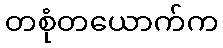
တစုံတယောက်က